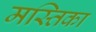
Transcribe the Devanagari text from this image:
मस्तिका